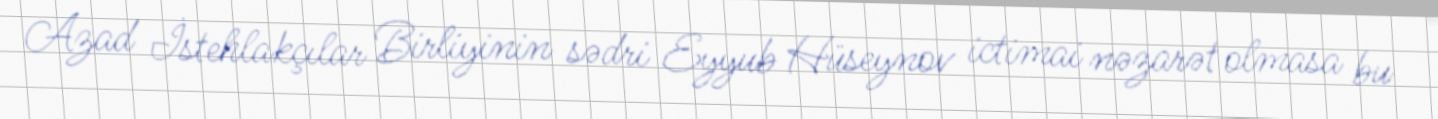
Azad İstehlakçılar Birliyinin sədri Eyyub Hüseynov ictimai nəzarət olmasa bu